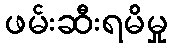
ဖမ်းဆီးရမိမှု